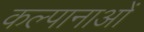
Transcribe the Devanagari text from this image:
कल्पानाओं